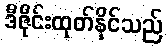
ဒီဇိုင်းထုတ်နိုင်သည်